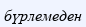
бүрлемеден